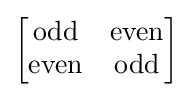
{\begin{bmatrix}\mathrm {odd} &\mathrm {even} \\\mathrm {even} &\mathrm {odd} \end{bmatrix}}